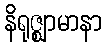
နိရုဇ္ဈာမာနာ